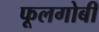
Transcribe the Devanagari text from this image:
फूलगोबी